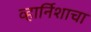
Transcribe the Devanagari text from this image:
व्हार्निशाचा